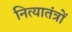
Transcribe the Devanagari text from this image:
नित्यातंत्रों